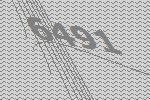
6491